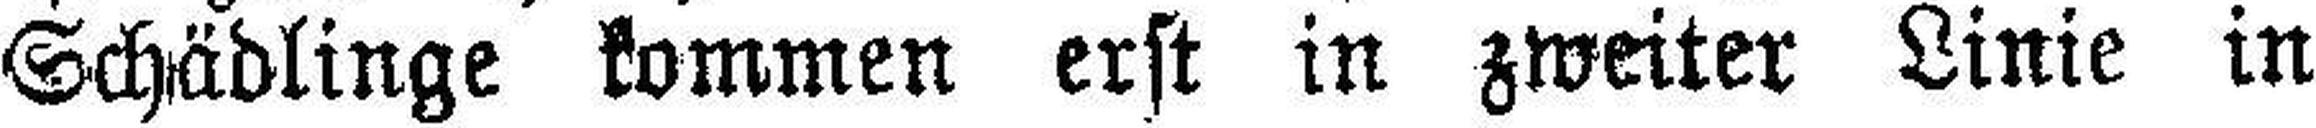
Schädlinge kommen erst in zweiter Linie in